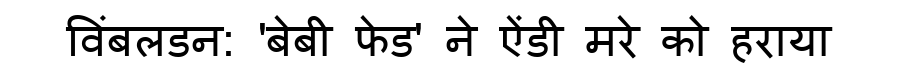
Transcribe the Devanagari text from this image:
विंबलडन: 'बेबी फेड' ने ऐंडी मरे को हराया